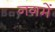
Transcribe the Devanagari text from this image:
नग़में